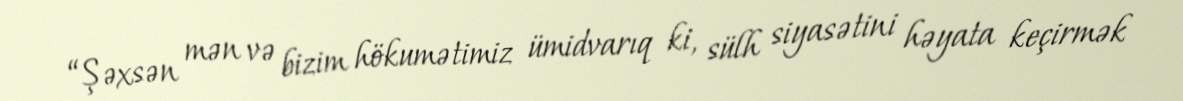
“Şəxsən mən və bizim hökumətimiz ümidvarıq ki, sülh siyasətini həyata keçirmək